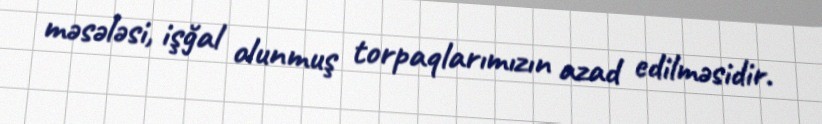
məsələsi, işğal olunmuş torpaqlarımızın azad edilməsidir.